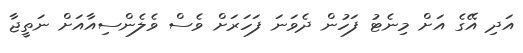
އަދި އޭގެ އަށް މިނެޓު ފަހުން ދެވަނަ ފަހަރަށް ވެސް ވެލެންސިއާއަށް ނަތީޖާ